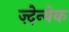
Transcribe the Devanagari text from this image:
ज़्देन्येक